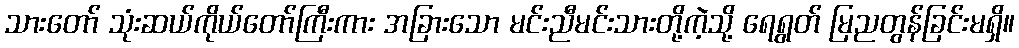
သားတော် သုံးဆယ်ကိုယ်တော်ကြီးကား အခြားသော မင်းညီမင်းသားတို့ကဲ့သို့ ရေရွတ် မြညတွန်ခြင်းမရှိ။